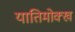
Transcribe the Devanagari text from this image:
यातिमोक्ख